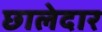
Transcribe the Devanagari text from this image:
छालेदार